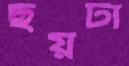
ছয়টা